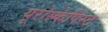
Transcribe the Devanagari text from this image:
यूरोस्केपिस्ट